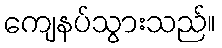
ကျေနပ်သွားသည်။